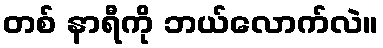
တစ် နာရီကို ဘယ်လောက်လဲ။